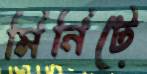
মিনিটে